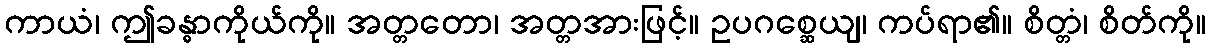
ကာယံ၊ ဤခန္ဓာကိုယ်ကို။ အတ္တတော၊ အတ္တအားဖြင့်။ ဥပဂစ္ဆေယျ၊ ကပ်ရာ၏။ စိတ္တံ၊ စိတ်ကို။